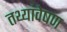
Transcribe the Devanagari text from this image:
तथ्यांवेषण